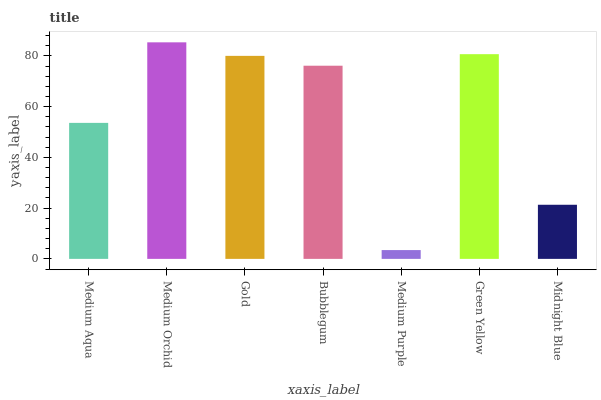
| xaxis_label | bars |
 | --- | --- |
 | Medium Aqua | 53.6 |
 | Medium Orchid | 85.4 |
 | Gold | 80 |
 | Bubblegum | 76.1 |
 | Medium Purple | 3.47 |
 | Green Yellow | 80.7 |
 | Midnight Blue | 21.3 |